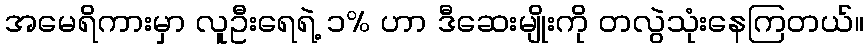
အမေရိကားမှာ လူဦးရေရဲ့ ၁% ဟာ ဒီဆေးမျိုးကို တလွဲသုံးနေကြတယ်။